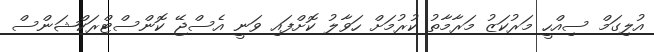
އުލިގަމް ސިއްހީ މަރުކަޒު މަރާމާތު ކުރުމަށް ހަވާލު ކޮށްފައި ވަނީ އެސްޖޭ ކޮންސްޓްރަކްޝަންސް